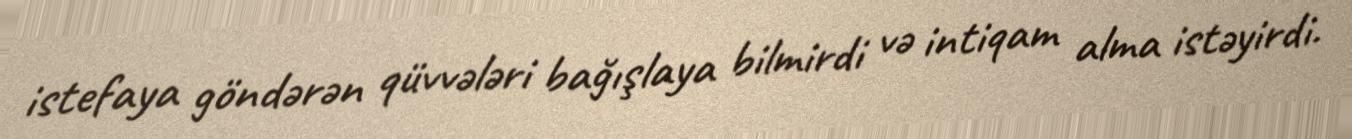
istefaya göndərən qüvvələri bağışlaya bilmirdi və intiqam alma istəyirdi.